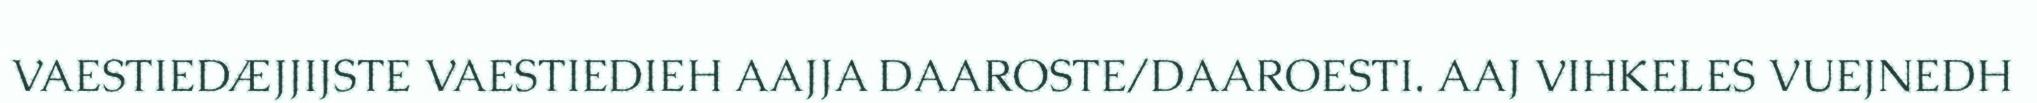
VAESTIEDÆJJIJSTE VAESTIEDIEH AAJJA DAAROSTE/DAAROESTI. AAJ VIHKELES VUEJNEDH